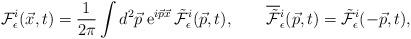
LaTeX: \begin{align*}{\cal F}^i_\epsilon(\vec{x},t) = \frac{1}{2\pi} \int d^2\vec{p}\;{\rm e}^{i\vec{p}\vec{x}}\, \tilde{\cal F}^i_\epsilon(\vec{p},t),\qquad\overline{\tilde{\cal F}}{}^i_\epsilon(\vec{p},t) = \tilde{\cal F}^i_\epsilon(-\vec{p},t), \end{align*}